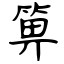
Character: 箅